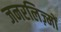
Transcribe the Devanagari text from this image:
जनरलिज़्मों